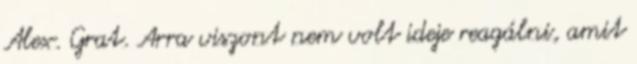
Alex. Grat. Arra viszont nem volt ideje reagálni, amit